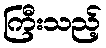
ကြီးသည့်